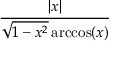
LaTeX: \frac { | x | } { { \sqrt { 1 - x ^ { 2 } } } \operatorname { a r c c o s } ( x ) }